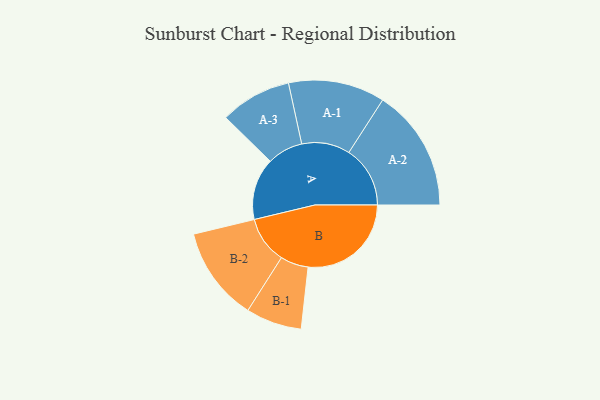
{"axis": {"x": "Segment", "y": "Value"}, "legend": ["", "A", "B"], "data": [{"x": "A", "y": 281, "type": ""}, {"x": "B", "y": 468, "type": ""}, {"x": "A-1", "y": 219, "type": "A"}, {"x": "A-2", "y": 278, "type": "A"}, {"x": "A-3", "y": 162, "type": "A"}, {"x": "B-1", "y": 127, "type": "B"}, {"x": "B-2", "y": 214, "type": "B"}]}